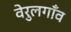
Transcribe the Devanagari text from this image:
वेरुलगाँव